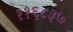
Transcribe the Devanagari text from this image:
११६८३७